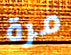
مرة